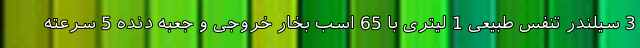
3 سیلندر تنفس طبیعی 1 لیتری با 65 اسب بخار خروجی و جعبه دنده 5 سرعته